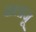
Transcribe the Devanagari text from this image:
बालाजू